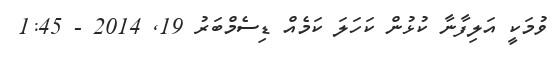
ވުމަކީ އަލިފާނާ ކުޅުން ކަހަލަ ކަމެއް ޑިސެމްބަރު 19